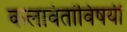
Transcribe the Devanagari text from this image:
कलावंतांविषयी